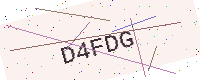
Text: D4FDG